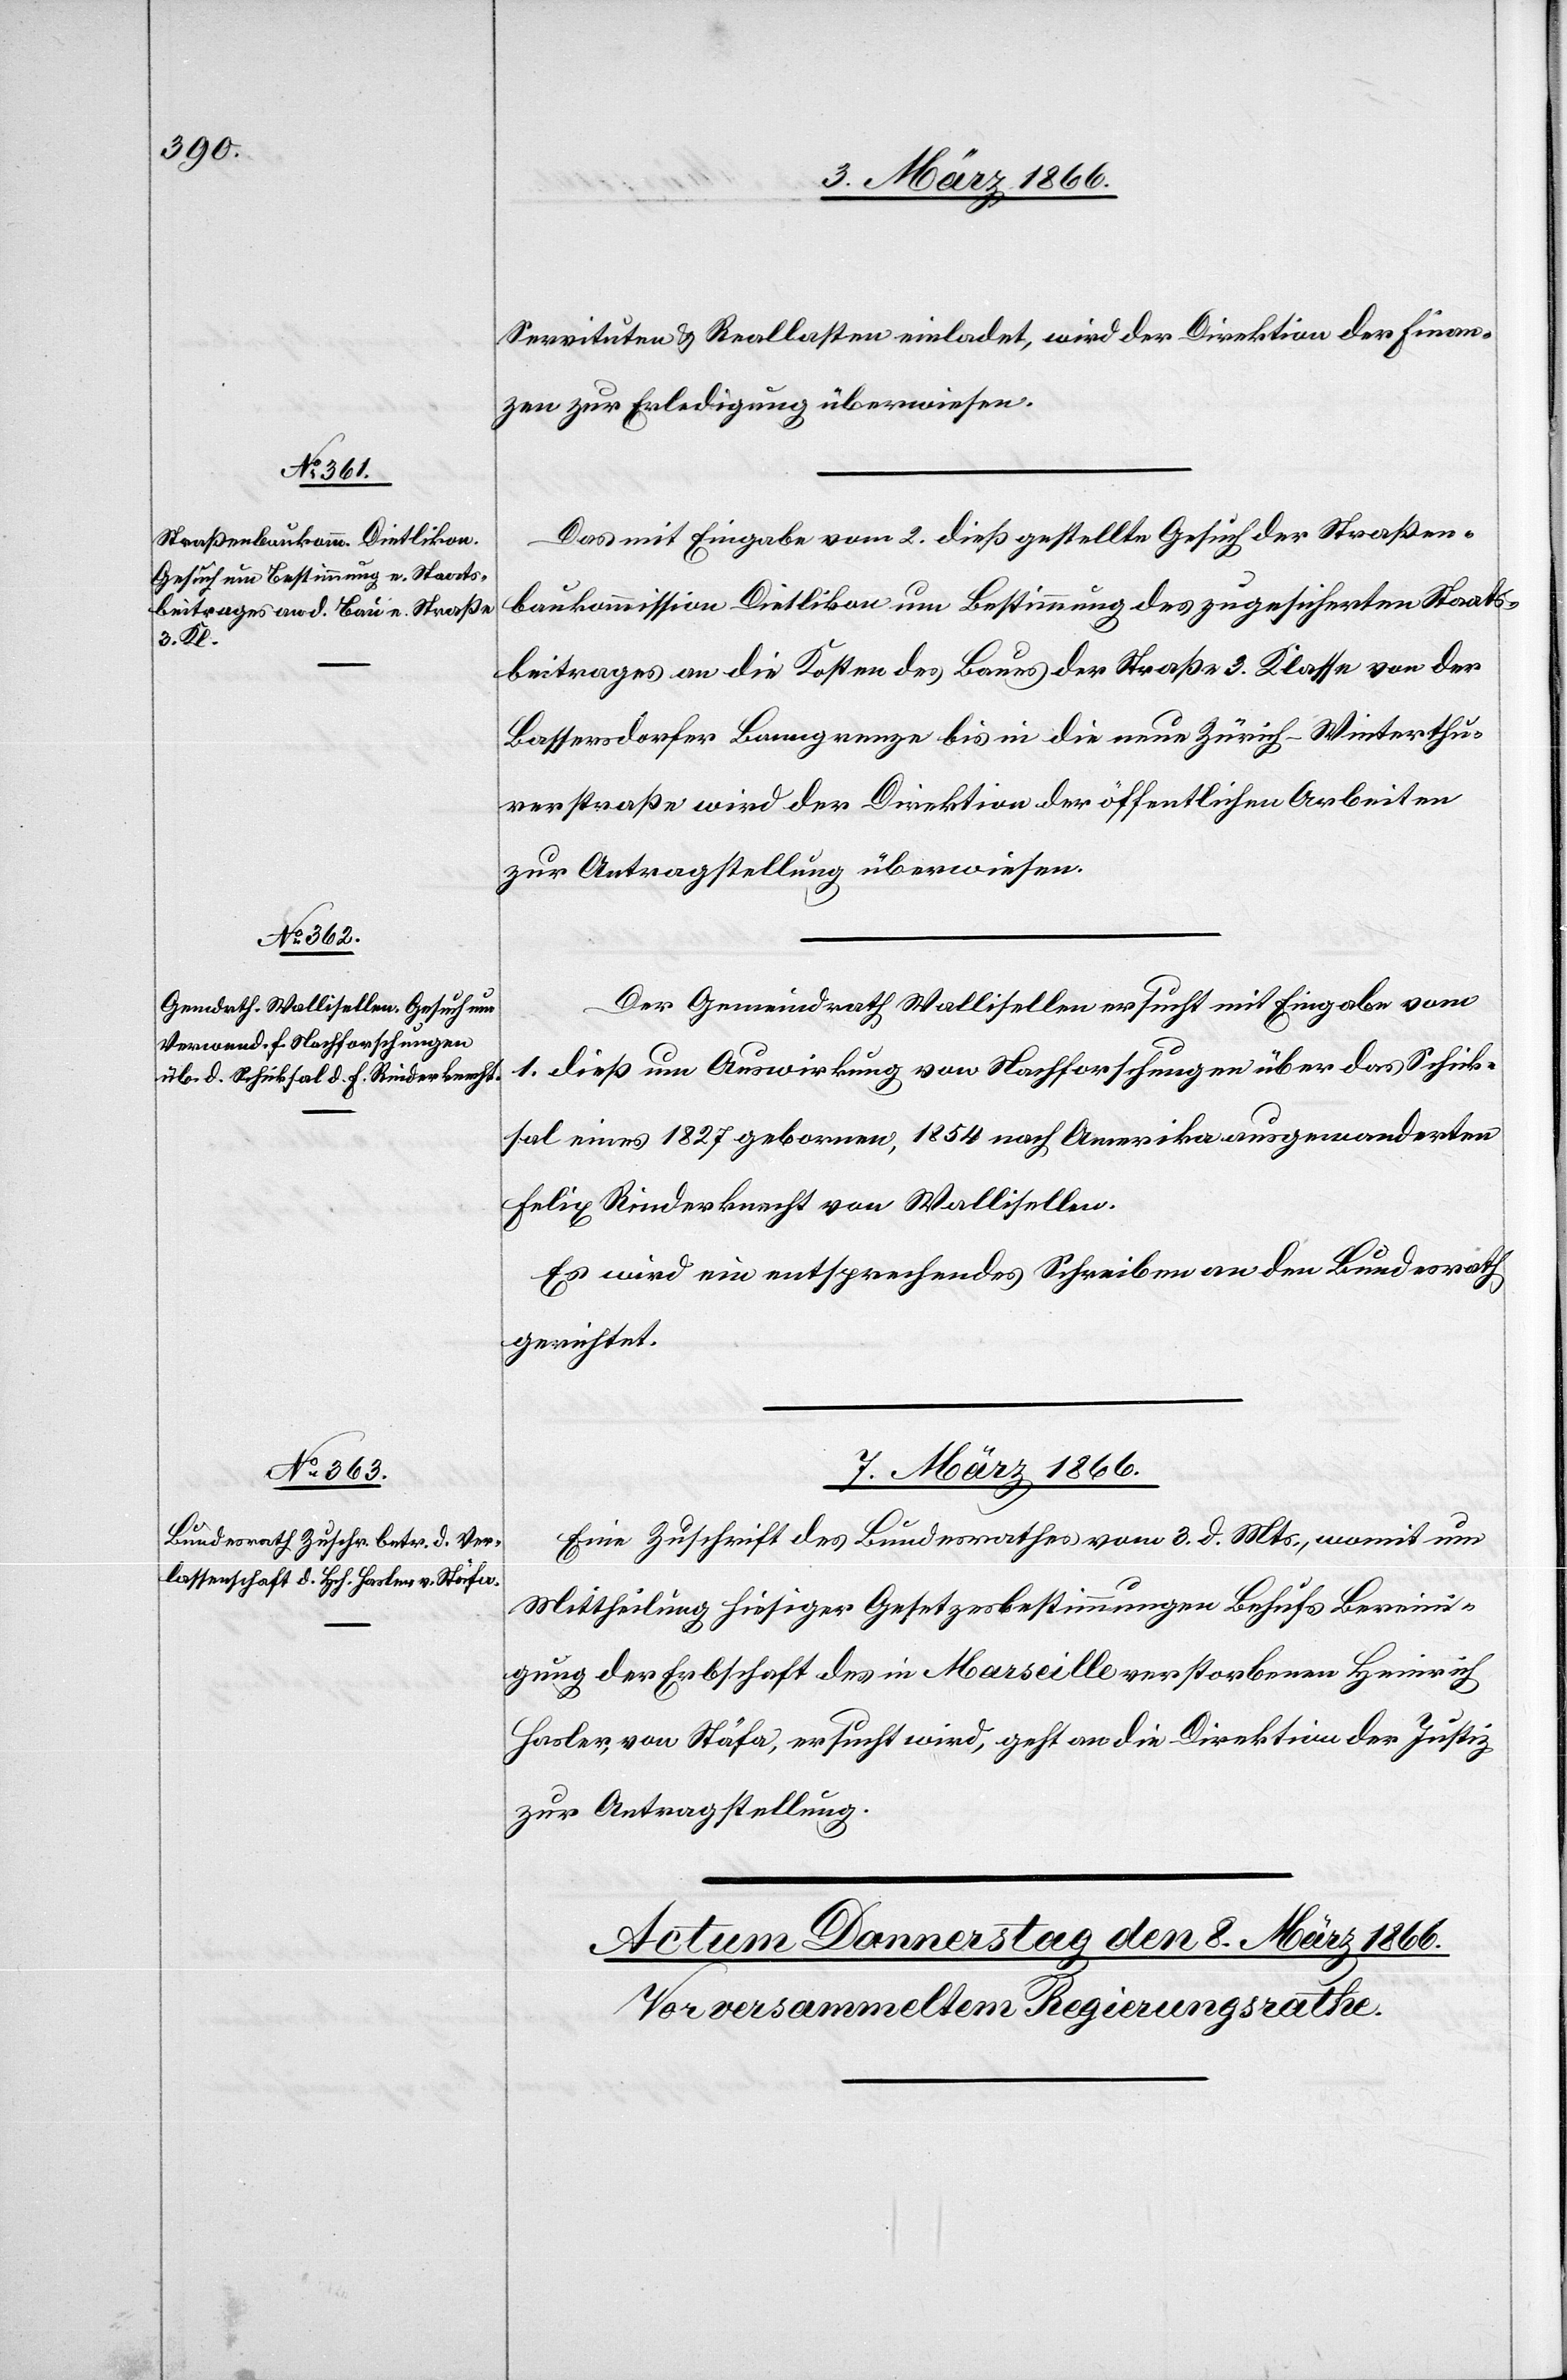
Servituten u. Reallasten einladet, wird der Direktion der Finan¬
zen zur Erledigung überwiesen.
Das mit Eingabe vom 2. dieß gestellte Gesuch der Straßen¬
baukommission Dietlikon um Bestimmung des zugesicherten Staats¬
beitrages an die Kosten des Baues der Straße 3. Klasse von der
Bassersdorfer Banngrenze bis in die neue Zürich–-Winterthu¬
rerstraße wird der Direktion der öffentlichen Arbeiten
zur Antragstellung überwiesen.
Der Gemeindrath Wollishofen ersucht mit Eingabe vom
1. dieß um Auswirkung von Nachforschungen über das Schick¬
sal eines 1827 geborenen, 1854 nach Amerika ausgewanderten
Felix Rinderknecht von Wollishofen.
Es wird ein entsprechendes Schreiben an den Bundesrath
gerichtet.
7. März 1866.
Eine Zuschrift des Bundesrathes vom 3. d. Mts., womit um
Mittheilung hiesiger Gesetzesbestimmungen Behufs Bereini¬
gung der Erbschaft des in Marseille verstorbenen Heinrich
Hasler, von Stäfa, ersucht wird, geht an die Direktion der Justiz
zur Antragstellung.